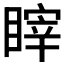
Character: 𰥻